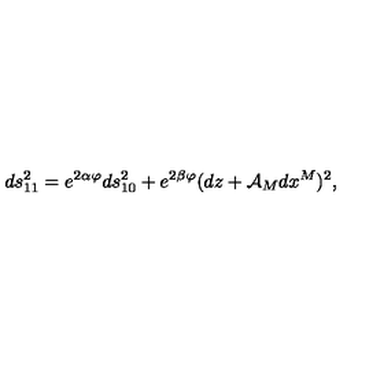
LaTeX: d s _ { 1 1 } ^ { 2 } = e ^ { 2 \alpha \varphi } d s _ { 1 0 } ^ { 2 } + e ^ { 2 \beta \varphi } ( d z + \mathcal { A } _ { M } d x ^ { M } ) ^ { 2 } ,